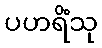
ပဟရိံသု